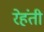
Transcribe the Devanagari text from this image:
रेहंती